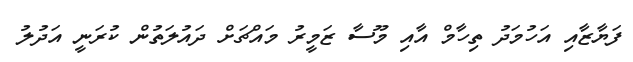
ފަޔާޒާއި އަހުމަދު ތިހާމް އާއި މޫސާ ޒަމީރު މައްޗަށް ދައުލަތުން ކުރަނީ އަދުލު